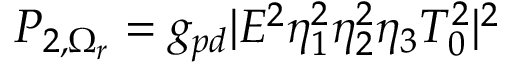
P _ { 2 , \Omega _ { r } } = g _ { p d } | E ^ { 2 } \eta _ { 1 } ^ { 2 } \eta _ { 2 } ^ { 2 } \eta _ { 3 } T _ { 0 } ^ { 2 } | ^ { 2 }